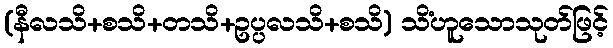
(နီလသိ+စသိ+တသိ+ဥပ္ပလသိ+စသိ) သိံဟူသောသုတ်ဖြင့်